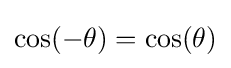
{\textstyle \cos(-\theta )=\cos(\theta )}